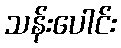
သန်းပေါင်း